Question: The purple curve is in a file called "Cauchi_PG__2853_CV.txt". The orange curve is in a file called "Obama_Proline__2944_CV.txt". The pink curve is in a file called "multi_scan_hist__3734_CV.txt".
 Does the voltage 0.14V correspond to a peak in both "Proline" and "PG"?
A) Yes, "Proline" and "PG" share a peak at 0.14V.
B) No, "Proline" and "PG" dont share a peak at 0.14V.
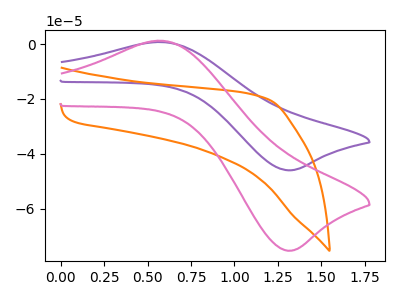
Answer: <think>The purple curve "PG" has an anodic peak at (0.55V, 0.75uA) and a cathodic peak at (1.35V, -46.00uA). The orange curve "Proline" has no peaks. The pink curve "hist" has an anodic peak at (0.55V, 1.20uA) and a cathodic peak at (1.35V, -75.30uA).</think>
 <answer>B) No, "Proline" and "PG" dont share a peak at 0.14V.</answer>
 <eval>B</eval>